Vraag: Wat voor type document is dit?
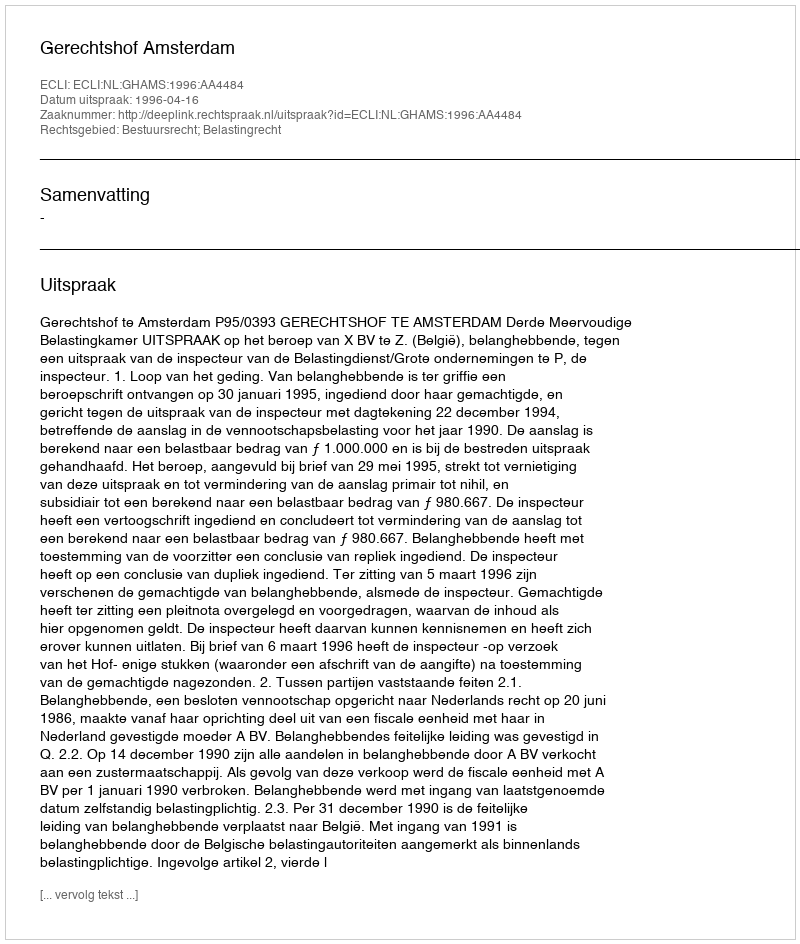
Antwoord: Uitspraak